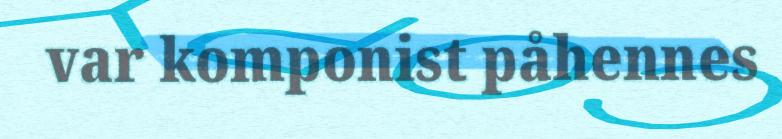
var komponist påhennes